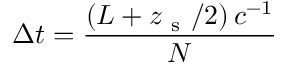
\Delta t = \frac { \left( L + z _ { \mathrm { ~ s ~ } } / 2 \right) c ^ { - 1 } } { N }